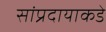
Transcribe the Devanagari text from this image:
सांप्रदायाकडे